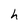
Character: h